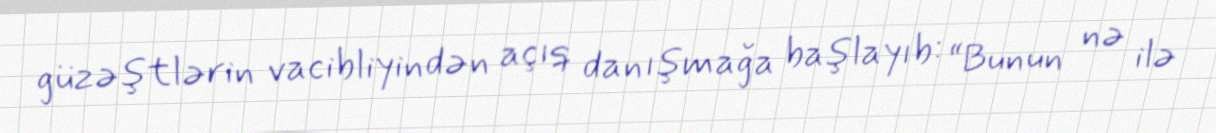
güzəştlərin vacibliyindən açıq danışmağa başlayıb: “Bunun nə ilə